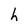
Character: h